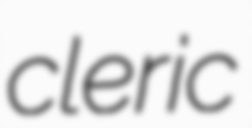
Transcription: cleric